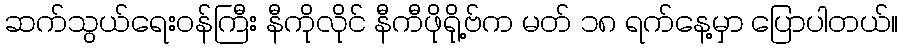
ဆက်သွယ်ရေးဝန်ကြီး နီကိုလိုင် နီကီဖိုရို့ဗ်က မတ် ၁၈ ရက်နေ့မှာ ပြောပါတယ်။